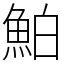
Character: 鮊